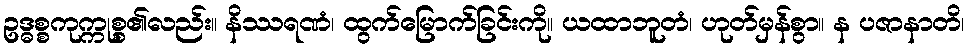
ဥဒ္ဓစ္စကုက္ကုစ္စ၏လည်း။ နိဿရဏံ၊ ထွက်မြောက်ခြင်းကို။ ယထာဘူတံ၊ ဟုတ်မှန်စွာ။ န ပဇာနာတိ၊